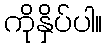
ကိုနှိပ်ပါ။